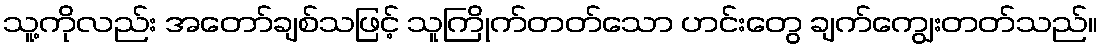
သူ့ကိုလည်း အတော်ချစ်သဖြင့် သူကြိုက်တတ်သော ဟင်းတွေ ချက်ကျွေးတတ်သည်။